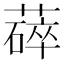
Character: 𬞚